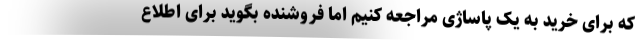
که برای خرید به یک پاساژی مراجعه کنیم اما فروشنده بگوید برای اطلاع